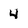
Character: 4